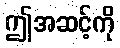
ဤအဆင့်ကို